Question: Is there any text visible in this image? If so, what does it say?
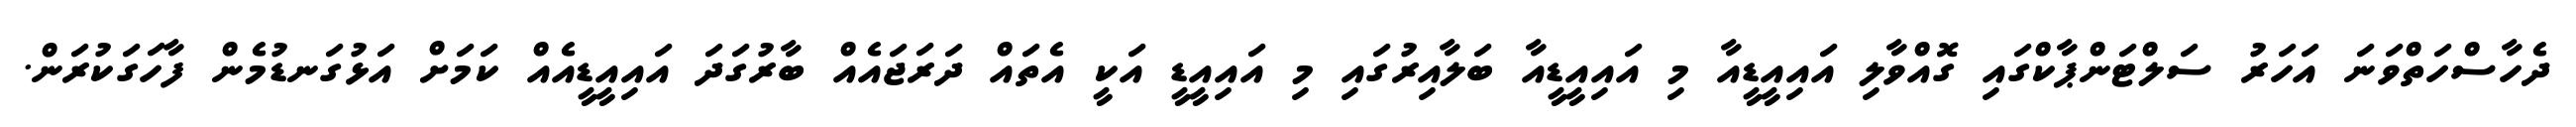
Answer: ދެހާސްހަތްވަނަ އަހަރު ސަލްޓަންޕާކްގައި ގޮއްވާލި އައިއީޑީއާ މި އައިއީޑީއާ ބަލާއިރުގައި މި އައިއީޑީ އަކީ އެތައް ދަރަޖައެއް ބާރުގަދަ އައިއީޑީއެއް ކަމަށް އަޅުގަނޑުމެން ފާހަގަކުރަން.